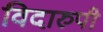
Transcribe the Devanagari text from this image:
विदारुपी